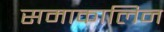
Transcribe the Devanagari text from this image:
समाकालिन